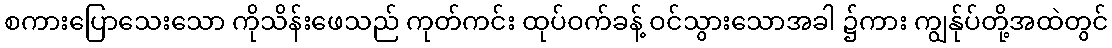
စကားပြောသေးသော ကိုသိန်းဖေသည် ကုတ်ကင်း ထုပ်ဝက်ခန့် ဝင်သွားသောအခါ ၌ကား ကျွန်ုပ်တို့အထဲတွင်